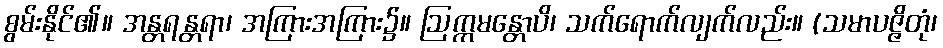
စွမ်းနိုင်၏။ အန္တရန္တရာ၊ အကြားအကြား၌။ ဩက္ကမန္တောပိ၊ သက်ရောက်လျက်လည်း။ (သမာပဇ္ဇိတုံ၊